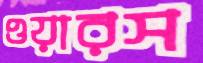
ওয়ারস